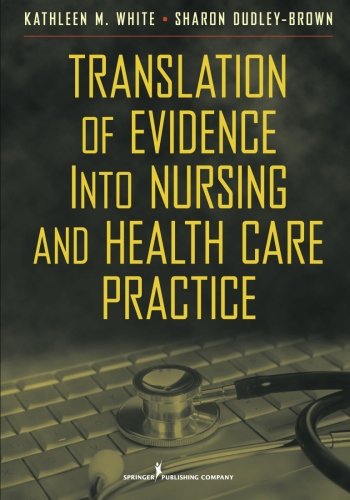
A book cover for Translation of Evidence into Nursing and Health Care Practice (White,Translation of Evidence Into Nursing and Health Care Practice); Medical Books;